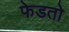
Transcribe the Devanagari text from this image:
फेडतो